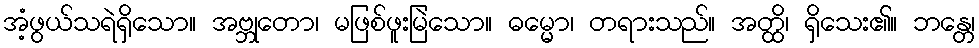
အံ့ဖွယ်သရဲရှိသော။ အဗ္ဘုတော၊ မဖြစ်ဖူးမြဲသော။ ဓမ္မော၊ တရားသည်။ အတ္ထိ၊ ရှိသေး၏။ ဘန္တေ၊